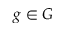
g \in G